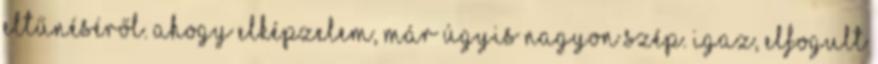
eltűnéséről. Ahogy elképzelem, már úgyis nagyon szép. Igaz, elfogult